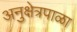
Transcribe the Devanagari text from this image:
अनुक्षेत्रपाळा